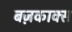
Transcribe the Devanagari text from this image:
बज़काक्स